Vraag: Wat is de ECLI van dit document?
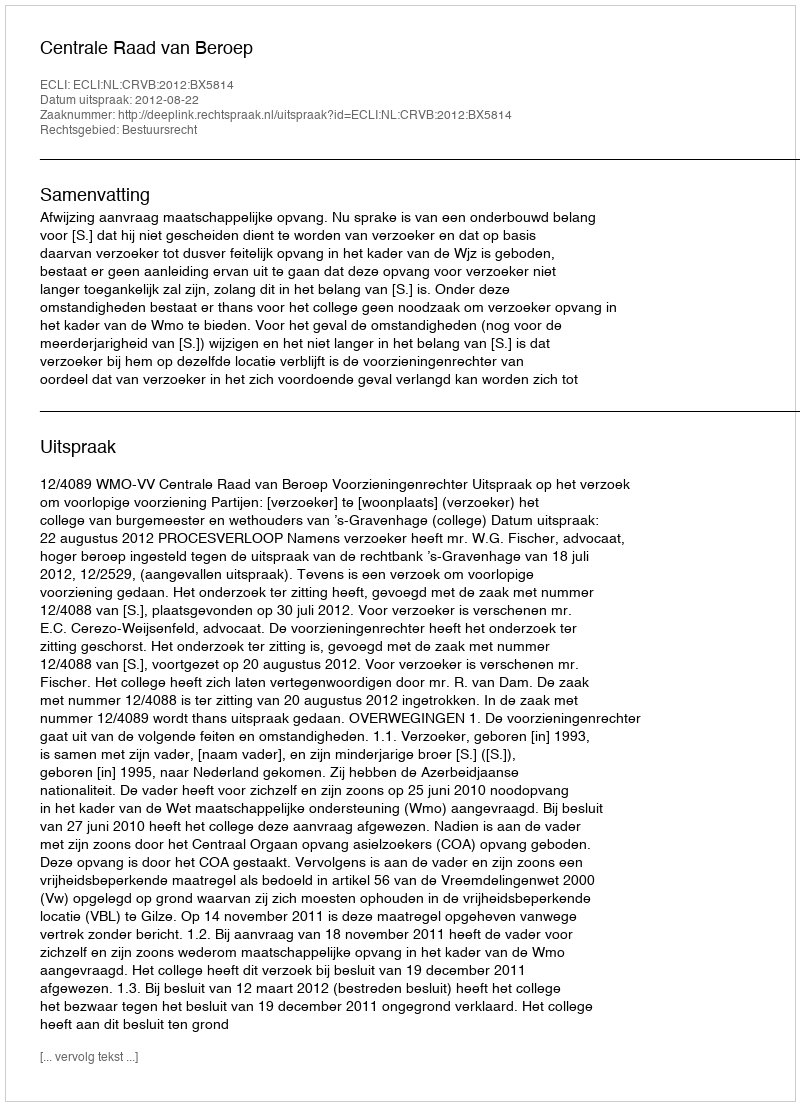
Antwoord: ECLI:NL:CRVB:2012:BX5814